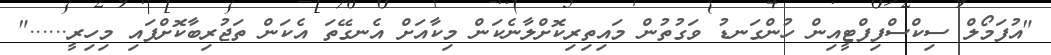
"އުފަމޯލް ސިކްސްފިފްޓީއިން ހުންގަނޑު ވަގުތުން މައިތިރިކޮށްލާނެކަން މިކާއަށް އެނގޭތަ އެކަން ތަޖުރިބާކޮށްފައި މިހިރީ......"